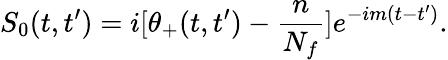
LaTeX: S_{0}(t,t^{\prime})=i[\theta_{+}(t,t^{\prime})-{\frac{n}{N_{f}}}]e^{-im(t-t^{\prime})}.